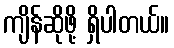
ကျိန်ဆိုဖို့ ရှိပါတယ်။